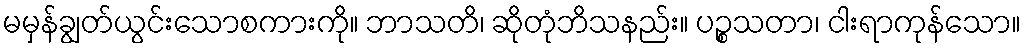
မမှန်ချွတ်ယွင်းသောစကားကို။ ဘာသတိ၊ ဆိုတုံဘိသနည်း။ ပဉ္စသတာ၊ ငါးရာကုန်သော။